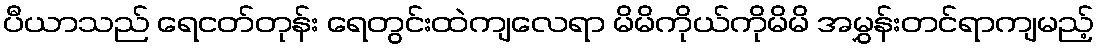
ပီယာသည် ရေငတ်တုန်း ရေတွင်းထဲကျလေရာ မိမိကိုယ်ကိုမိမိ အမွှန်းတင်ရာကျမည့်